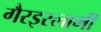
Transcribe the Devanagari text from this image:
गैरइस्लामी